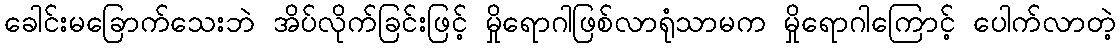
ခေါင်းမခြောက်သေးဘဲ အိပ်လိုက်ခြင်းဖြင့် မှိုရောဂါဖြစ်လာရုံသာမက မှိုရောဂါကြောင့် ပေါက်လာတဲ့